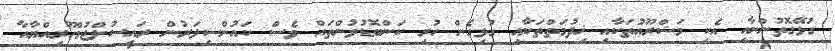
ގުޅޭގޮތުންނާއި އެކި މަޝްރޫޢުތަކާއި ޚިދުމަތްތަކާއި ގުޅިގެން ހުރި ކަންބޮޑުވުންތައް ވެސް ކައުންސިލަރުން ރައީސުލްޖުމްހޫރިއްޔާއާ